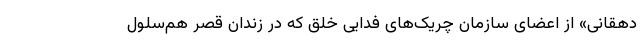
دهقانی» از اعضای سازمان چریک‌های فدایی خلق که در زندان قصر هم‌سلول